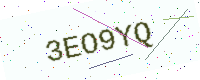
Text: 3EO9YQ